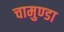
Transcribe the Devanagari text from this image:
चामुण्‍डा